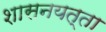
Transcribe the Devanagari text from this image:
शासनयत्ता